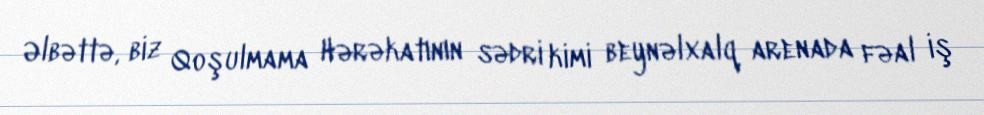
Əlbəttə, biz Qoşulmama Hərəkatının sədri kimi beynəlxalq arenada fəal iş